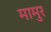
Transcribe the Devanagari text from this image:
मामुर